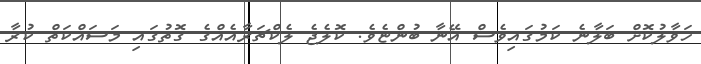
ހަވާލުކޮށް ބަލާނެ ކަމުގައިވެސް އޭނާ ބުންޏެވެ. ކޮލެޖެ ލެކްޗަރާއެއްގެ ގޮތުގައި މަސައްކަތް ކުރާ